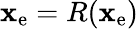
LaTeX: \mathbf{x}_{\mathrm{{e}}}=R(\mathbf{x}_{\mathrm{{e}}})